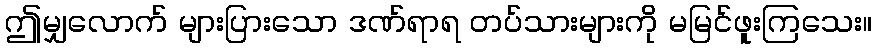
ဤမျှလောက် များပြားသော ဒဏ်ရာရ တပ်သားများကို မမြင်ဖူးကြသေး။